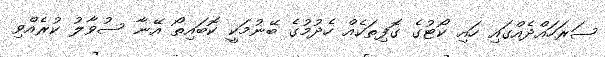
ސަރަހައްދެއްގައި ހައި ކޯޓުގެ ގޮފިތަކެއް ހެދުމުގެ ބޭނުމަކީ ކޮބައިތޯ އޭނާ ސުވާލު ކުރެއްވި